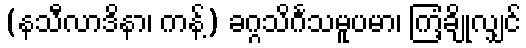
(နသီလာဒိနာ၊ ကန့်) ခဂ္ဂသိင်္ဂသမူပမာ၊ ကြံ့ချိုလျှင်